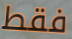
فقط